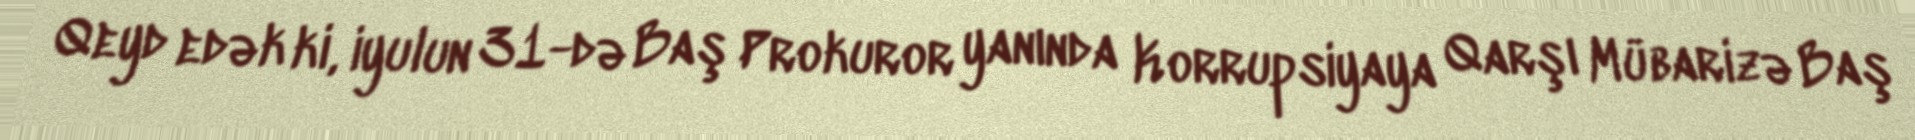
Qeyd edək ki, iyulun 31-də Baş Prokuror yanında Korrupsiyaya Qarşı Mübarizə Baş